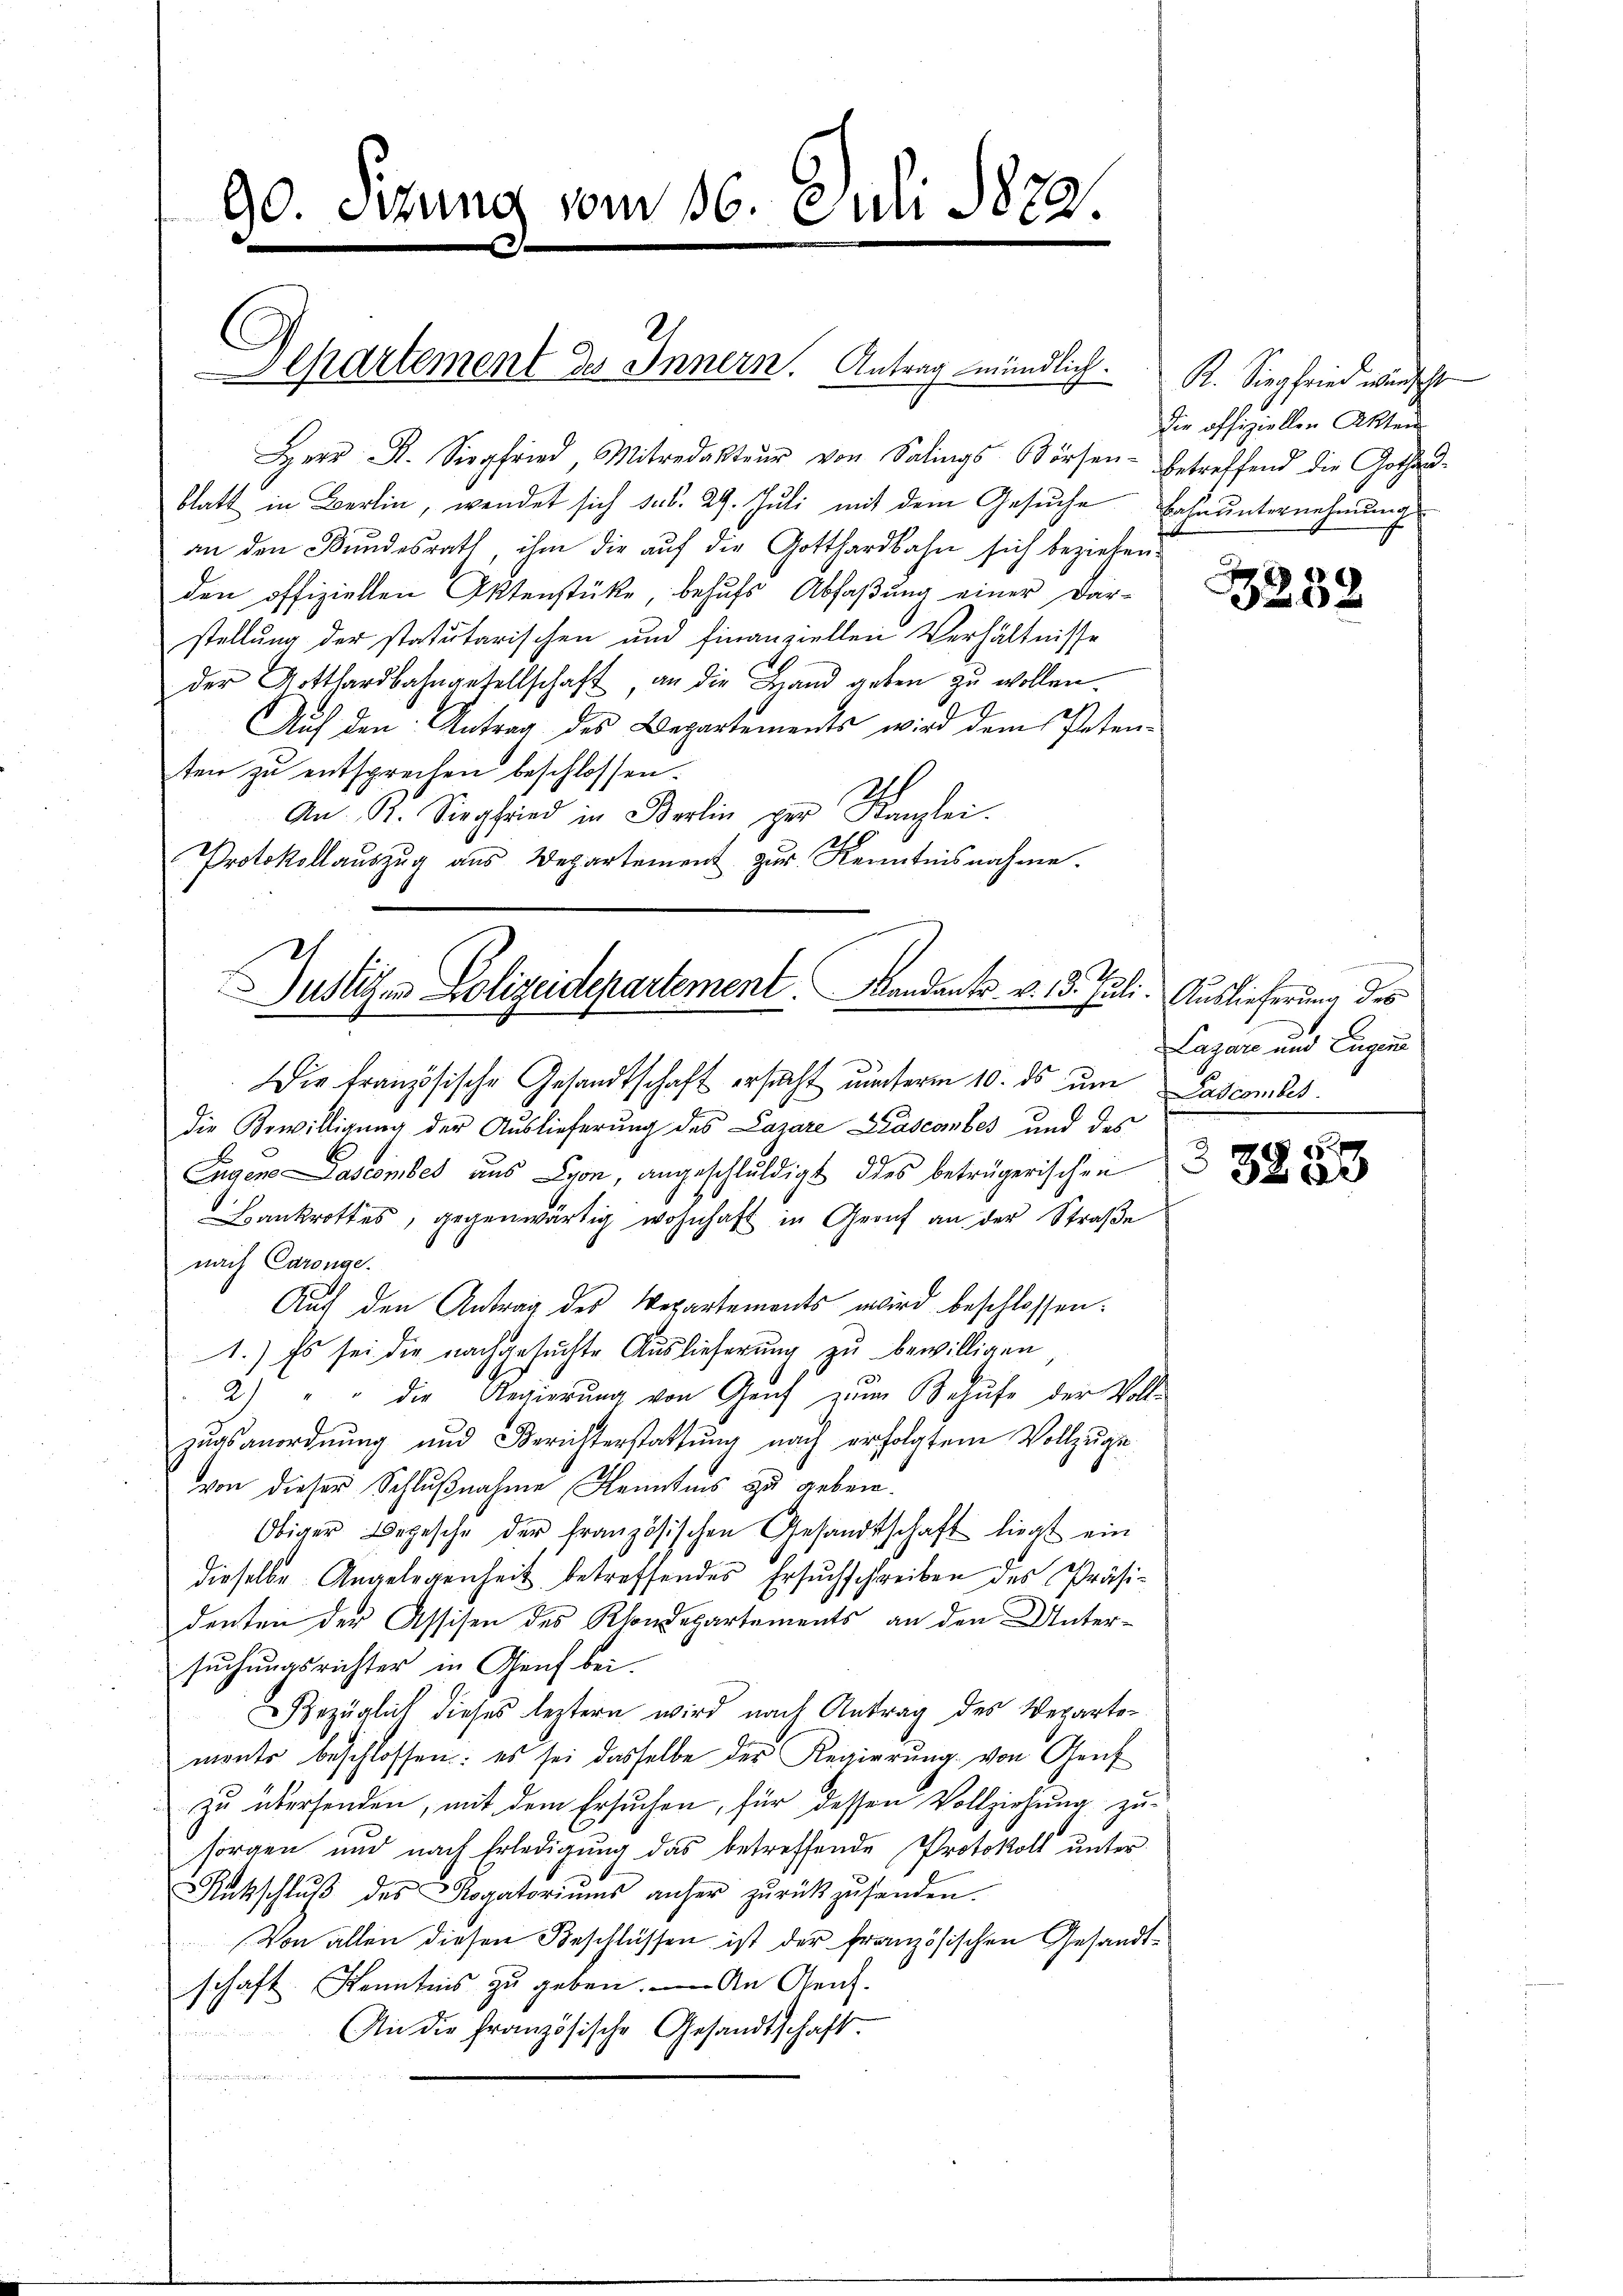
90. Sizung vom 16. Juli 1820.

Herr Dr. Siegfried, Mitredakteŭr von Salings Börsen- betreffend die Gothand-
blatt in Berlin, wendet sich das. 29. Juli mit dem Gesuche Bahnunternehmung
an den Bundesrath, ihm die auf die Gotthardbahn sich beziehen.
den offiziellen Aktenstücke, behŭfs Abfaβŭng einer Dar-
stellung der statutarischen und Finanziellen Verhältnisse
der Gotthardbahngesellschaft, an die Band geben zu wollen.
Auf den Antrag des Departements wird dem Petenten zu entsprechen beschlossen.
An St. Siegfried in Berlin per Kanzlei.
Protokollauszug aus Departement zur Kenntnisnahme.
Die Französische Gesandtschaft ersucht unterm 10. ds um
die Bewilligung der Auslieferung des Lazare Lasconbes und des
Eugens ascember aus Lyon, angeschuldigt dies betrügerischen
Bankrottes, gegenwärtig wohnhaft in Graf an der Straße
nach Carönge.
Auf den Antrag des Repartements wird beschlossen:
1.) Es sei die nachgesuchte Auslieferung zu bewilligen
2) " " die Regierŭng von Genf zŭm Behufe der Voll-
zŭgsanordnŭng und Berichterstattŭng nach erfolgtem Vollzŭge
von dieser Schlußnahme Kenntnis zu geben¬
Obiger Begesche der französischen Gesandtschaft liegt ein
dieselbe Angelegenheit betreffendes Ersuchschreiben des Präsidenten der Assisen des Rhondepartements an den Untersuchungsrichter in Genf bei.
Bezüglich dieses leztern wird nach Antrag des Wepartements beschlossen: es sei dasselbe der Regierŭng von Genf
zu übersenden, mit dem Ersuchen, für dessen Vollziehung zu-
sorgen und nach Erledigung das betreffende Protokoll unter
Rnkschlŭβ des Rogatoriŭms anher zŭrückzŭsenden.
Von allen diesen Beschlüssen ist der französischen Gesandtschaft. Kenntnis zŭ geben. An Reich.
An die französische Gesandtschaft.
n

Separtement des Innern. Antrag mündlich.

uslichen Polizeidepartement. Bandante. v. 13. Juli. Auslieferung des

R. Siegfried wünscht
die offiziellen Akten

3252

3
Lazare und Eigene
Lascomber.

5
2